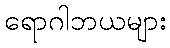
ရောဂါဘယများ